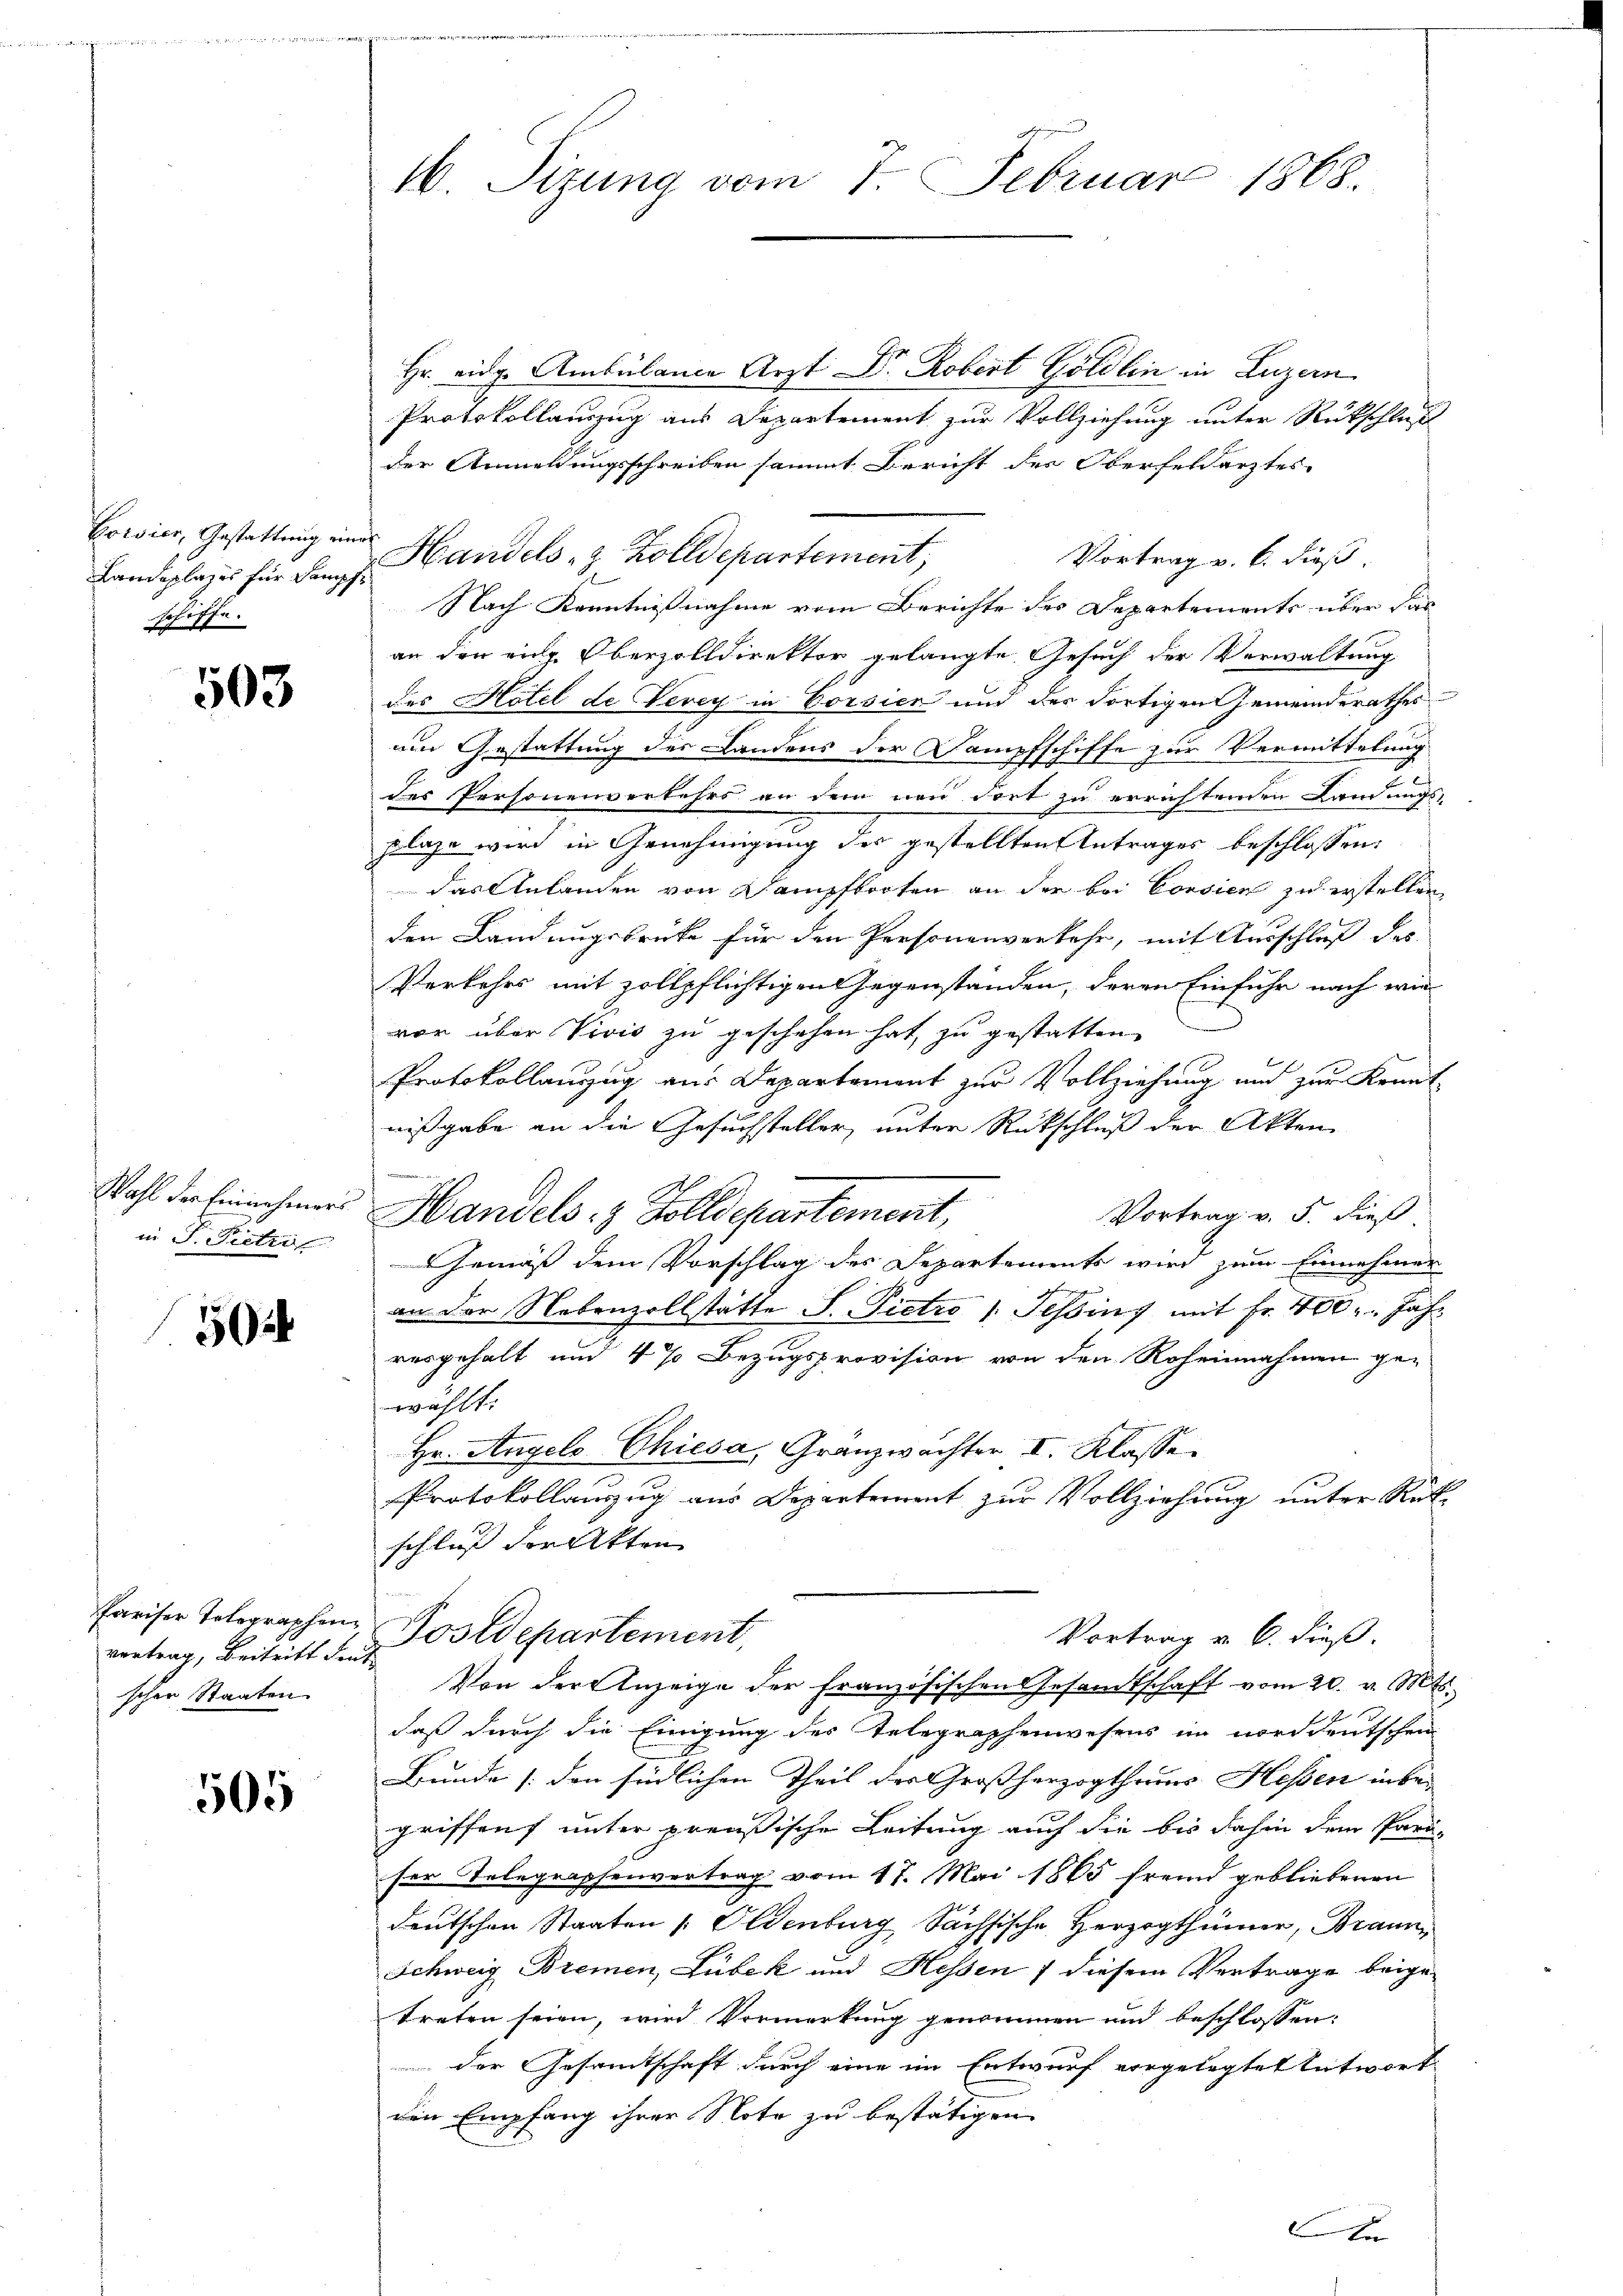
Coisier, Gestattung eine
Landeplages für Kampfschiffe.

503

Wahl der Einnehmers
in Dr. Pietrif

50

Pariser Telegraphen
vertrag, Beitritt den
schen Staaten

505

16. Sizung vom 7. Februar 1868.

Hr. eidg. Ambülance Arzt Dr. Robert Göldlin in Luzern
Protokollauszug aus Departement zur Vollziehung unter Rückschluß
der Anmeldungsschreiben sammt Bericht des Oberfeldarztes
Handels- & Zolldepartement,
Vortrag v. 6. dieß.
Nach Kenntnißnahme vom Berichte des Departements über das
an den ein Oberzolldirektor gelangte Gesuch der Verwaltung
des Hotel de Vevey in Corsich und der dortigen Gemeinderathes
um Gestattung des Landens der Dampfschiffe zur Vermittelung
des Personenverkehrs an dem neu dort zu errichtenden Landungs-
plaze wird in Genehmigung des gestellten Antrages beschlossen:
das Anlanden von Dampfbooten an der bei Consien zu erstellen,
den Landungsbrüke für den Personenverkehr, mit Ausschluß des
Verkehrs mit zollpflichtigen Gegenständen, deren Einfuhr nach wie
vor über Vivis zu geschehen hat, zu gestatten
Protokollanzug aus Departement zur Vollziehung und zur Kennt-
nißgabe an die Gesuchsteller, unter Rückschluß der Akten
.
Handels- & Zolldepartement,
Vortrag v. 5. dieß
Gemäß dem Vorschlag des Departements wird zum Einnehmer
g
an der Nebenzollstätte S. Pietro /: Tessins mit Fr. 400. Jahr
vergehalt und 4 % Bezugsprovision von den Roheinnahmen ge-
wählt:
Hr. Angels Chiesa, Granzwachter I. Klasse
Protokollauszug aus Departement zur Vollziehung unter Rükschluß der Akten
Postdepartement,
Vortrag v. 6. dieß.
Von der Anzeige der französischen Gesamtschaft vom 20. v. Mts.
daß durch die Einigung des Telegraphenwesens ein norddeutschen
Bunde (den südlichen Theil der Großherzogthums Hessen inbegriffens unter preußische Leitung auch die bis dahin dem Para-
ser Telegraphenvertrag vom 17. Mai 1865 fremd gebliebenen
deutschen Staaten [Eldenburg Sächsische Herzogthümer, Braun
Schweig Bremen, Lubek und Hessen 7 diesem Vertrage beigetreten seien, wird Vormerkung genommen und beschlossen:
der Gesamtschaft durch eine im Entwurf vorgelegtet entwort
den Empfang ihrer Note zu bestätigen
F